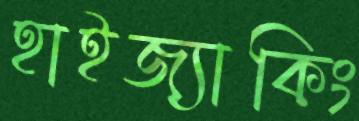
হাইজ্যাকিং